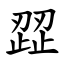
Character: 歰